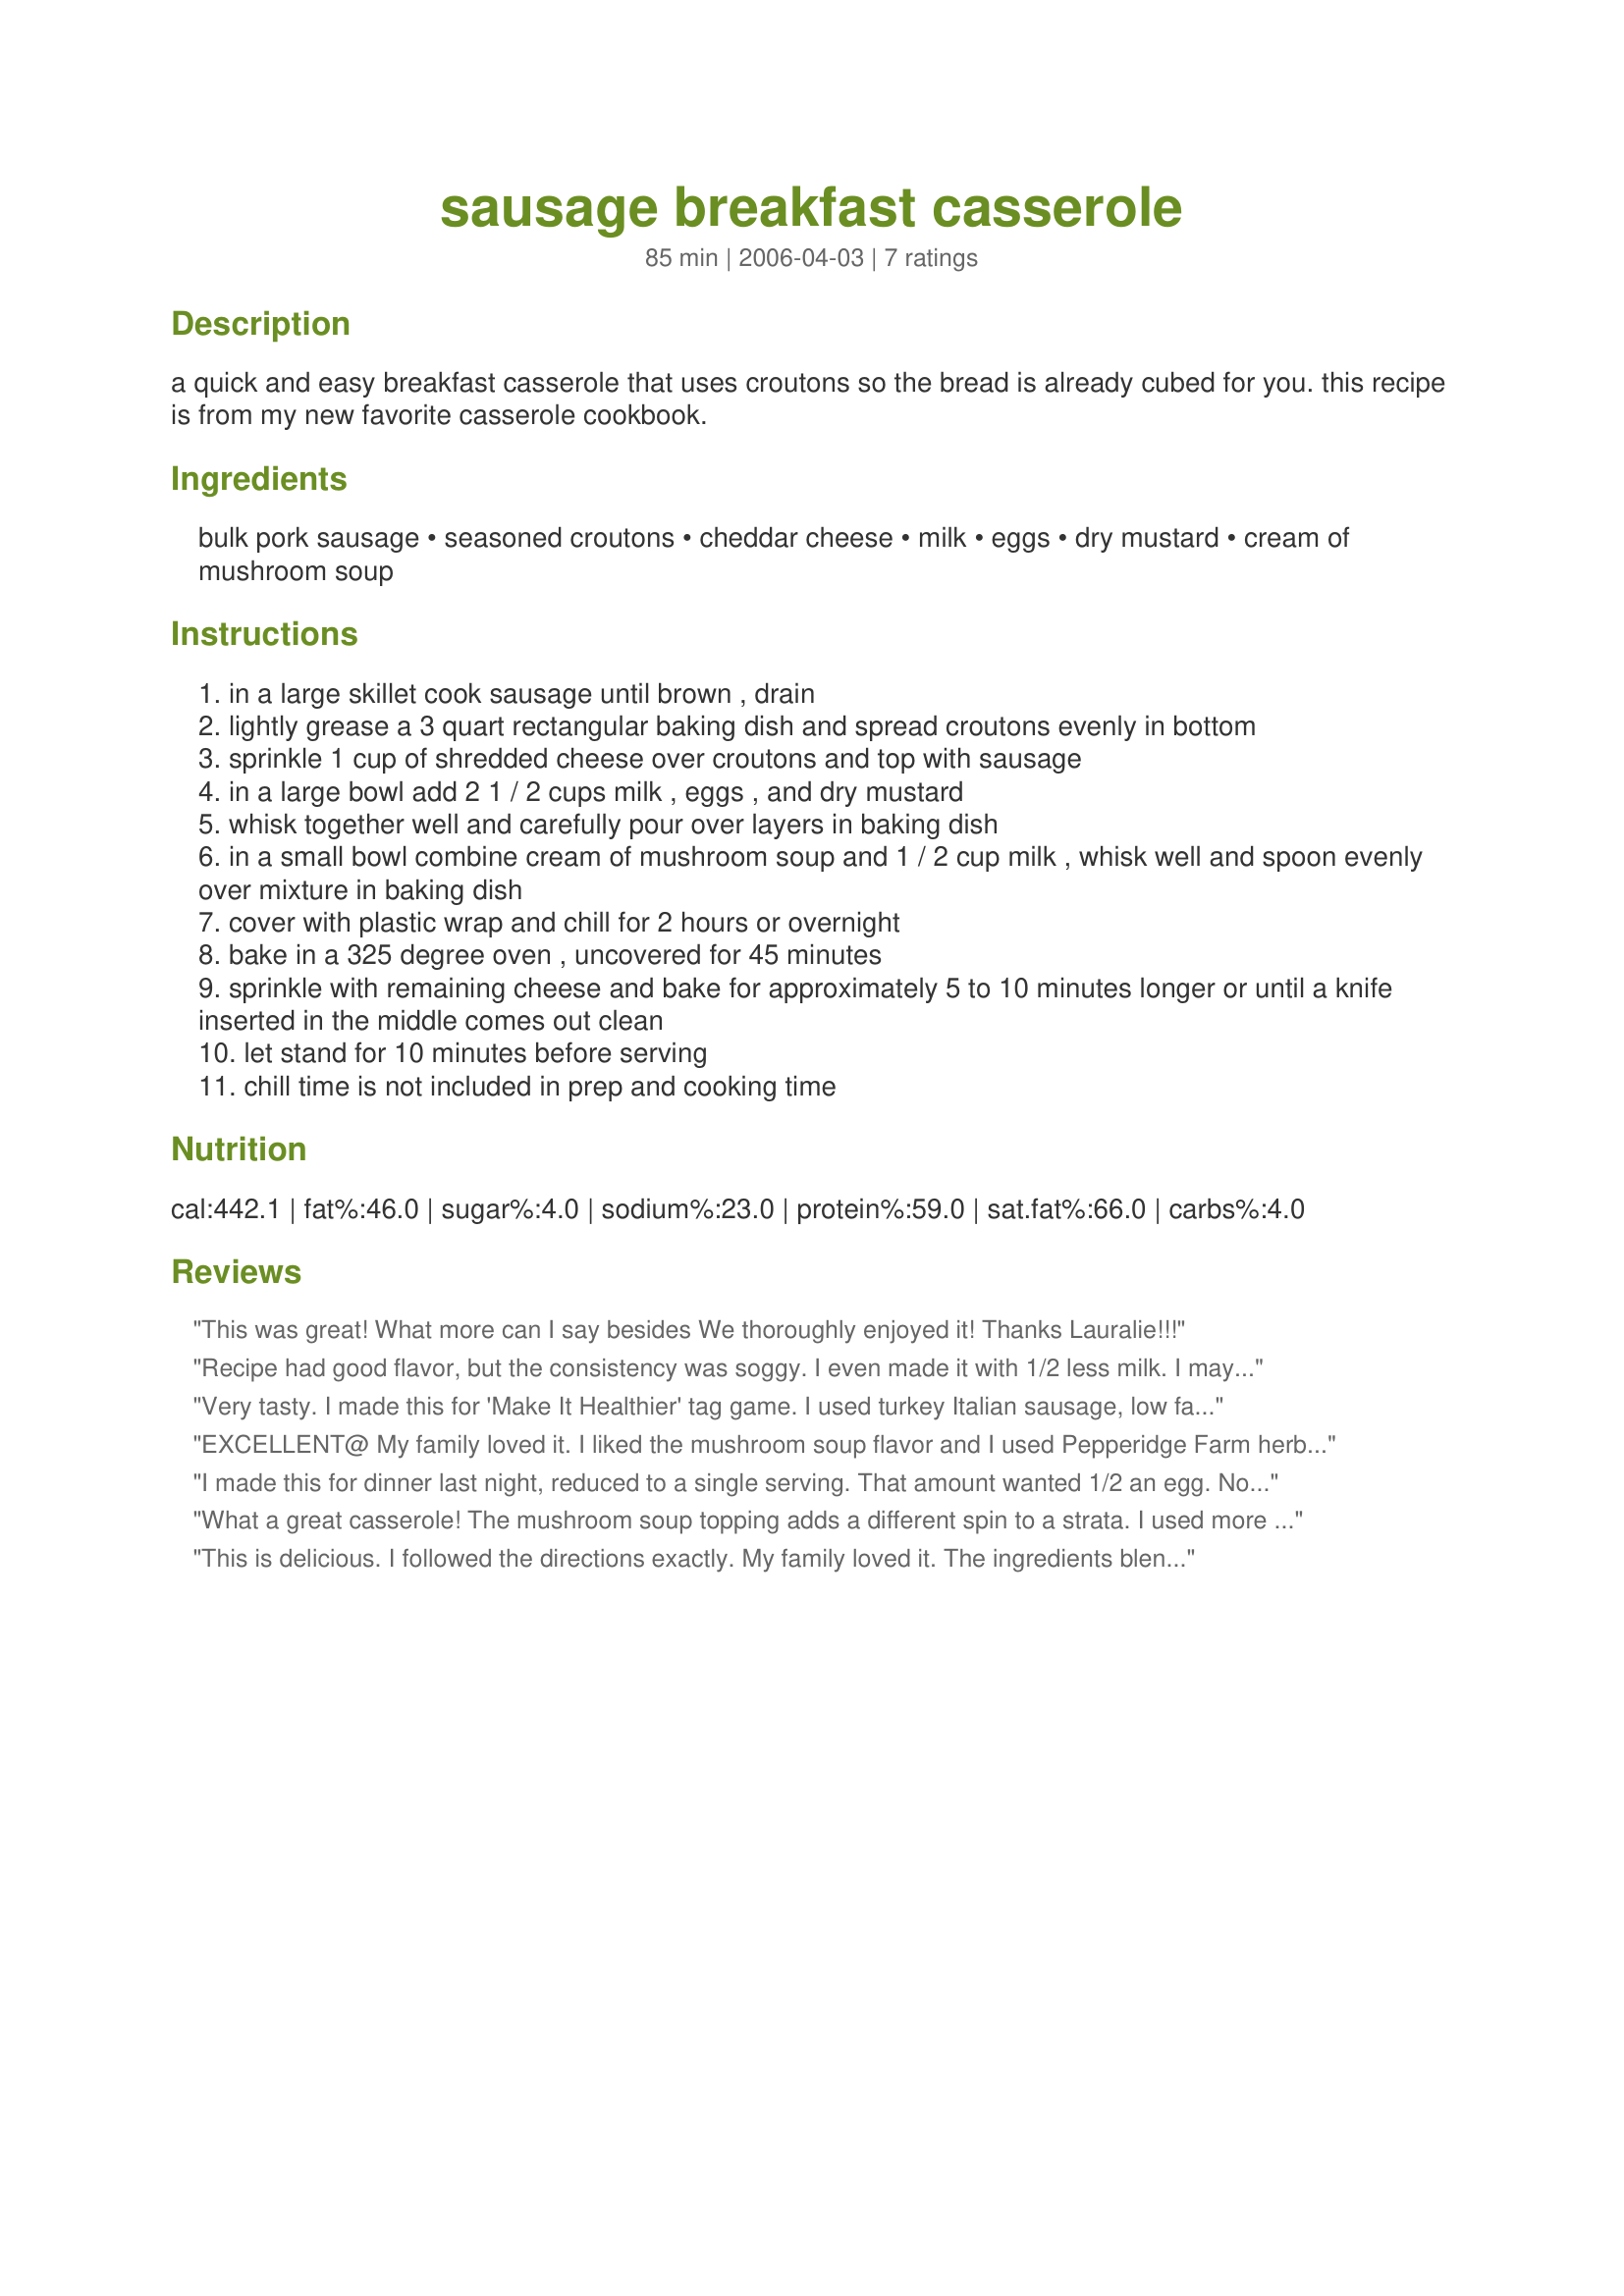
sausage breakfast casserole
Preparation time: 85 minutes

a quick and easy breakfast casserole that uses croutons so the bread is already cubed for you. this recipe is from my new favorite casserole cookbook.

Ingredients:
bulk pork sausage, seasoned croutons, cheddar cheese, milk, eggs, dry mustard, cream of mushroom soup

Steps:
in a large skillet cook sausage until brown , drain
lightly grease a 3 quart rectangular baking dish and spread croutons evenly in bottom
sprinkle 1 cup of shredded cheese over croutons and top with sausage
in a large bowl add 2 1 / 2 cups milk , eggs , and dry mustard
whisk together well and carefully pour over layers in baking dish
in a small bowl combine cream of mushroom soup and 1 / 2 cup milk , whisk well and spoon evenly over mixture in baking dish
cover with plastic wrap and chill for 2 hours or overnight
bake in a 325 degree oven , uncovered for 45 minutes
sprinkle with remaining cheese and bake for approximately 5 to 10 minutes longer or until a knife inserted in the middle comes out clean
let stand for 10 minutes before serving
chill time is not included in prep and cooking time

Reviews:
This was great! What more can I say besides We thoroughly enjoyed it! Thanks Lauralie!!!

Recipe had good flavor, but the consistency was soggy. I even made it with 1/2 less milk. I may try to make it again with less milk and less egg.
Very tasty. I made this for 'Make It Healthier' tag game. I used turkey Italian sausage, low fat cheddar cheese, skim milk, 98% fat free cream of mushroom soup. I also added 1/4 tsp. Penzey's pork chop seasoning for some added smokiness and 1/4 cayenne pepper for a bit of zip. I used 2 1/2 cups of milk, added the egg etc., but I also then mixed in the soup. I was concerned it would be too runny so I omitted the additional 1/2 cup milk. It turned out great. I used cornbread croutons for a bit of sweet to balance the zip. And I sauteed 1/2 cup of chopped green peppers which I sprinkled on top of the dish. This gave it a great flavor not to mention great color! Thanks for posting, Lauralie!
EXCELLENT@ My family loved it. I liked the mushroom soup flavor and I used Pepperidge Farm herb seasoned stuffing cubes. I also, added one more egg. A recipe to keep!
I made this for dinner last night, reduced to a single serving. That amount wanted 1/2 an egg. No way was I going to try to use half an egg so it got a whole one with no damage done. Also adapted for myself by using 2 Yve's brand veggie sausage patties (I love those!). It made an enjoyable dinner with a small fruit salad on the side. Thumbs up.
What a great casserole! The mushroom soup topping adds a different spin to a strata. I used more homemade croutons as I had them on hand and only a pound of sausage and it worked out fine. The flavors were great just like this, but I can see adding whatever vegetables are on hand. Diced red peppers, fresh mushrooms, onions, spinach, or my family even suggested minced jalapenos. I served this as &quot;breakfast for dinner&quot; with fresh fruit cups. Thank you for sharing the recipe!
This is delicious. I followed the directions exactly. My family loved it. The ingredients blend well together. I couldn't even tell there was cream of mushroom soup in this when I tasted it. This is a great make ahead breakfast for holiday mornings especially Christmas. Thank you for a great recipe. Made for 3 Hit Wonders Fall 07
